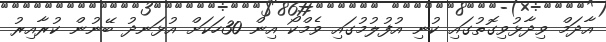
އާދަމް ވިދާޅުވިގޮތުގައި ކުނި އުފުލުމުގައި ވެމްކޯ އިން 30ހަކަށް އުޅަނދު ބޭނުން ކުރާއިރު